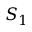
S _ { 1 }